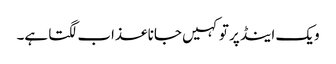
ویک اینڈ پر تو کہیں جانا عذاب لگتا ہے۔